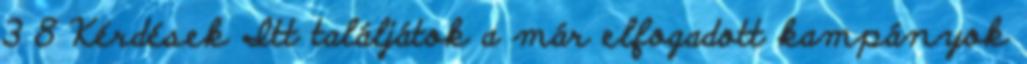
3 8 Kérdések Itt találjátok a már elfogadott kampányok